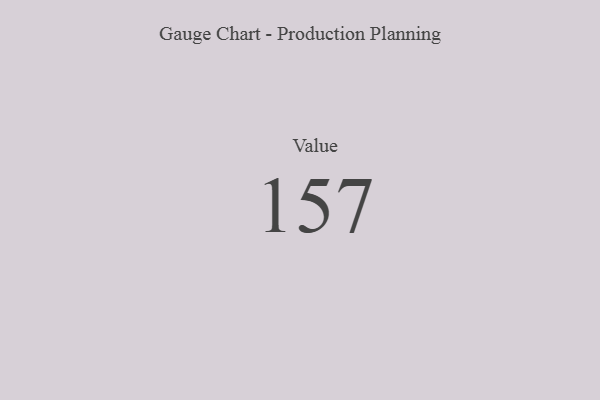
{"axis": {"x": "Metric", "y": "Value"}, "legend": [""], "data": [{"x": "Value", "y": 157, "type": ""}]}